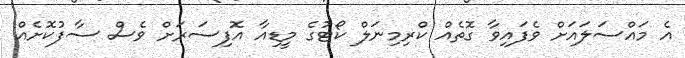
އެ މައްސަލައަށް ވެފައިވާ ގޮތެއް ކްރިމިނަލް ކޯޓުގެ މީޑިއާ އޮފިސަރަށް ވެސް ސާފުކޮށެއް